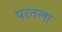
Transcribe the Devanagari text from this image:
परतला